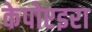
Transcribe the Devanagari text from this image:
केपोएइरा